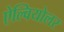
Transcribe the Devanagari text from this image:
ऐल्वियोलर